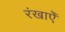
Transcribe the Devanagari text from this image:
रंखाएँ